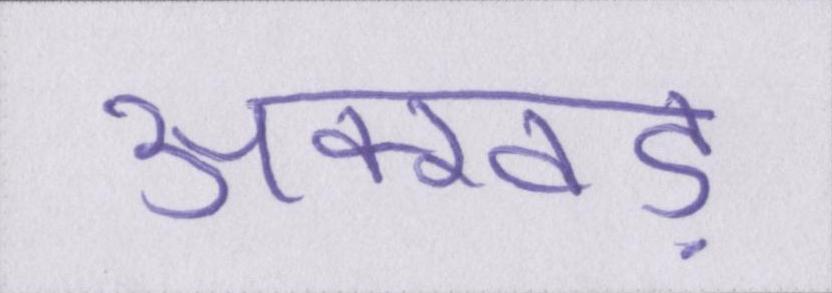
अक्खड़